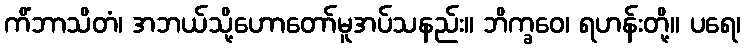
ကိံဘာသိတံ၊ အဘယ်သို့ဟောတော်မူအပ်သနည်း။ ဘိက္ခဝေ၊ ရဟန်းတို့။ ပရေ၊